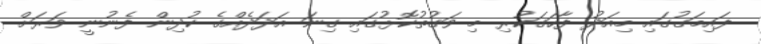
ފައިމަގުގައި މިއަދު ފާހަގަކުރި މި ވަގުތުކޮޅުގައި ގިނަ އަދަދެއްގެ ކުދިން ފެނުނީ ވަރަށް